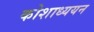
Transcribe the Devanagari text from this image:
कोशाध्ययन